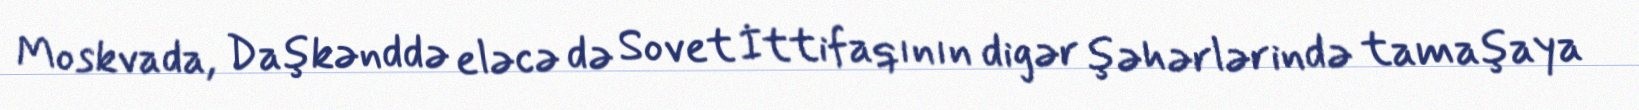
Moskvada, Daşkənddə eləcə də Sovet İttifaqının digər şəhərlərində tamaşaya